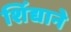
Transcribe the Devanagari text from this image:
शिंद्याने